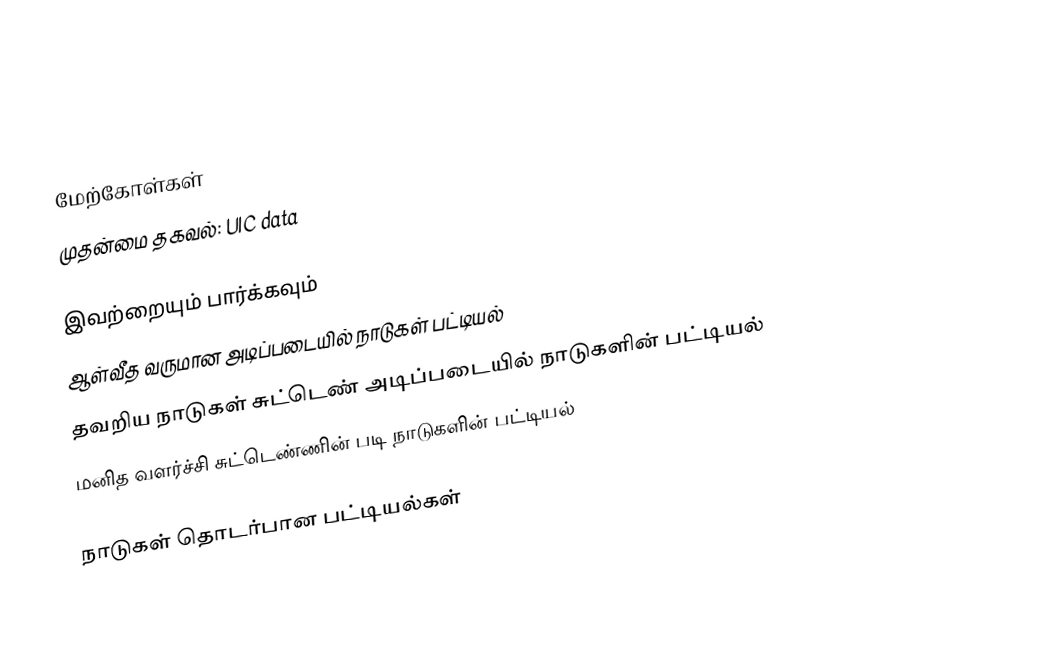

மேற்கோள்கள்
முதன்மை தகவல்: UIC data

இவற்றையும் பார்க்கவும்
ஆள்வீத வருமான அடிப்படையில் நாடுகள் பட்டியல்
தவறிய நாடுகள் சுட்டெண் அடிப்படையில் நாடுகளின் பட்டியல்
மனித வளர்ச்சி சுட்டெண்ணின் படி நாடுகளின் பட்டியல்

நாடுகள் தொடர்பான பட்டியல்கள்